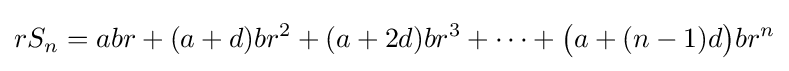
rS_{n}=abr+(a+d)br^{2}+(a+2d)br^{3}+\cdots +{\bigl (}a+(n-1)d{\bigr )}br^{n}